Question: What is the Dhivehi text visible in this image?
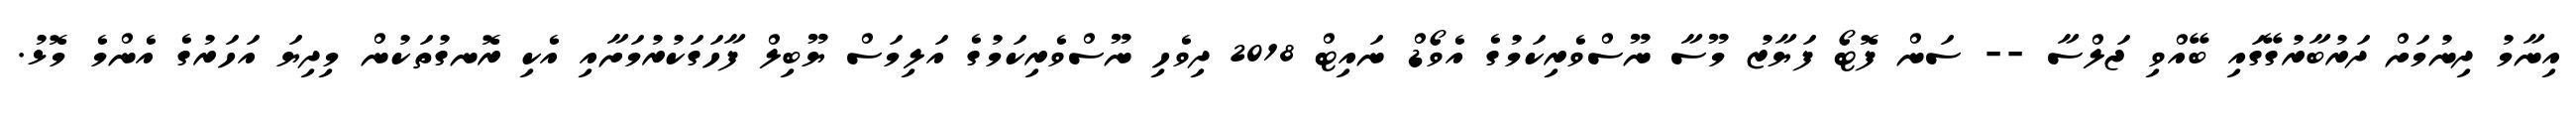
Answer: އިނާމު ދިނުމަށް ދަރުބާރުގޭގައި ބޭއްވި ޖަލްސާ -- ސަން ފޮޓޯ ފަޔާޒު މޫސާ ނޫސްވެރިކަމުގެ އެވޯޑް ނައިޓް 2018 ދިވެހި ނޫސްވެރިކަމުގެ އަލިމަސް ޔޫބިލް ފާހަގަކުރުމަށާއި އެކި ރޮނގުތަކުން މިދިޔަ އަހަރުގެ އެންމެ މޮޅު.